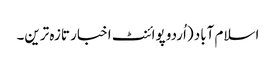
اسلام آباد (اُردو پوائنٹ اخبار تازہ ترین۔